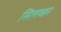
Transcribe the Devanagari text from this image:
सिलव्हर